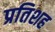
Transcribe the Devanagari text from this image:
प्रतिशह